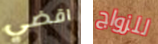
اقضي للزواج